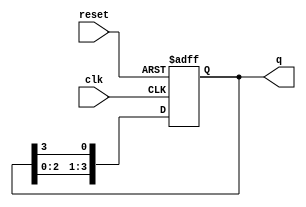
module ring_counter (
    input wire clk,       // Clock input
    input wire reset,     // Asynchronous reset
    output reg [3:0] q    // 4-bit output
);

    // Initial state
    initial begin
        q = 4'b0001; // Initialize the counter to 0001
    end

    always @(posedge clk or posedge reset) begin
        if (reset) begin
            q <= 4'b0001; // Reset to initial state
        end else begin
            // Shift the '1' to the right
            q <= {q[2:0], q[3]}; // Rotate right
        end
    end

endmodule